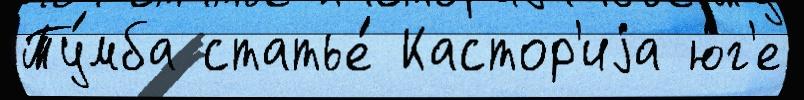
Ту́мба статье́ Кастор'иjа ю́г'е